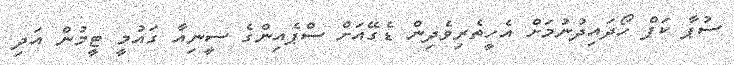
ސުޕާ ކަޕް ހޯދައިދުނުމަށް އެހީތެރިވެދިން ޑެގޭއަށް ސްޕެއިންގެ ސީނިއާ ގައުމީ ޓީމުން އަދި